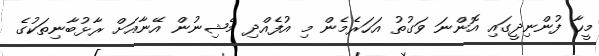
މީހާ ފުންނިދީގައި އޮންނަ ވަގުތު އަހަރެމެން މި އުފެއްދި މެޝިނުން އޭނާއަށް ރާޅުބާނިތަކުގެ